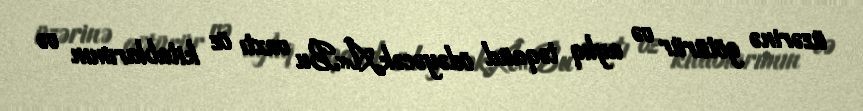
üzərinə götürür və aylıq təqaüd ödəyəcək.Â«Bu vaxtı öz kitablarımın və